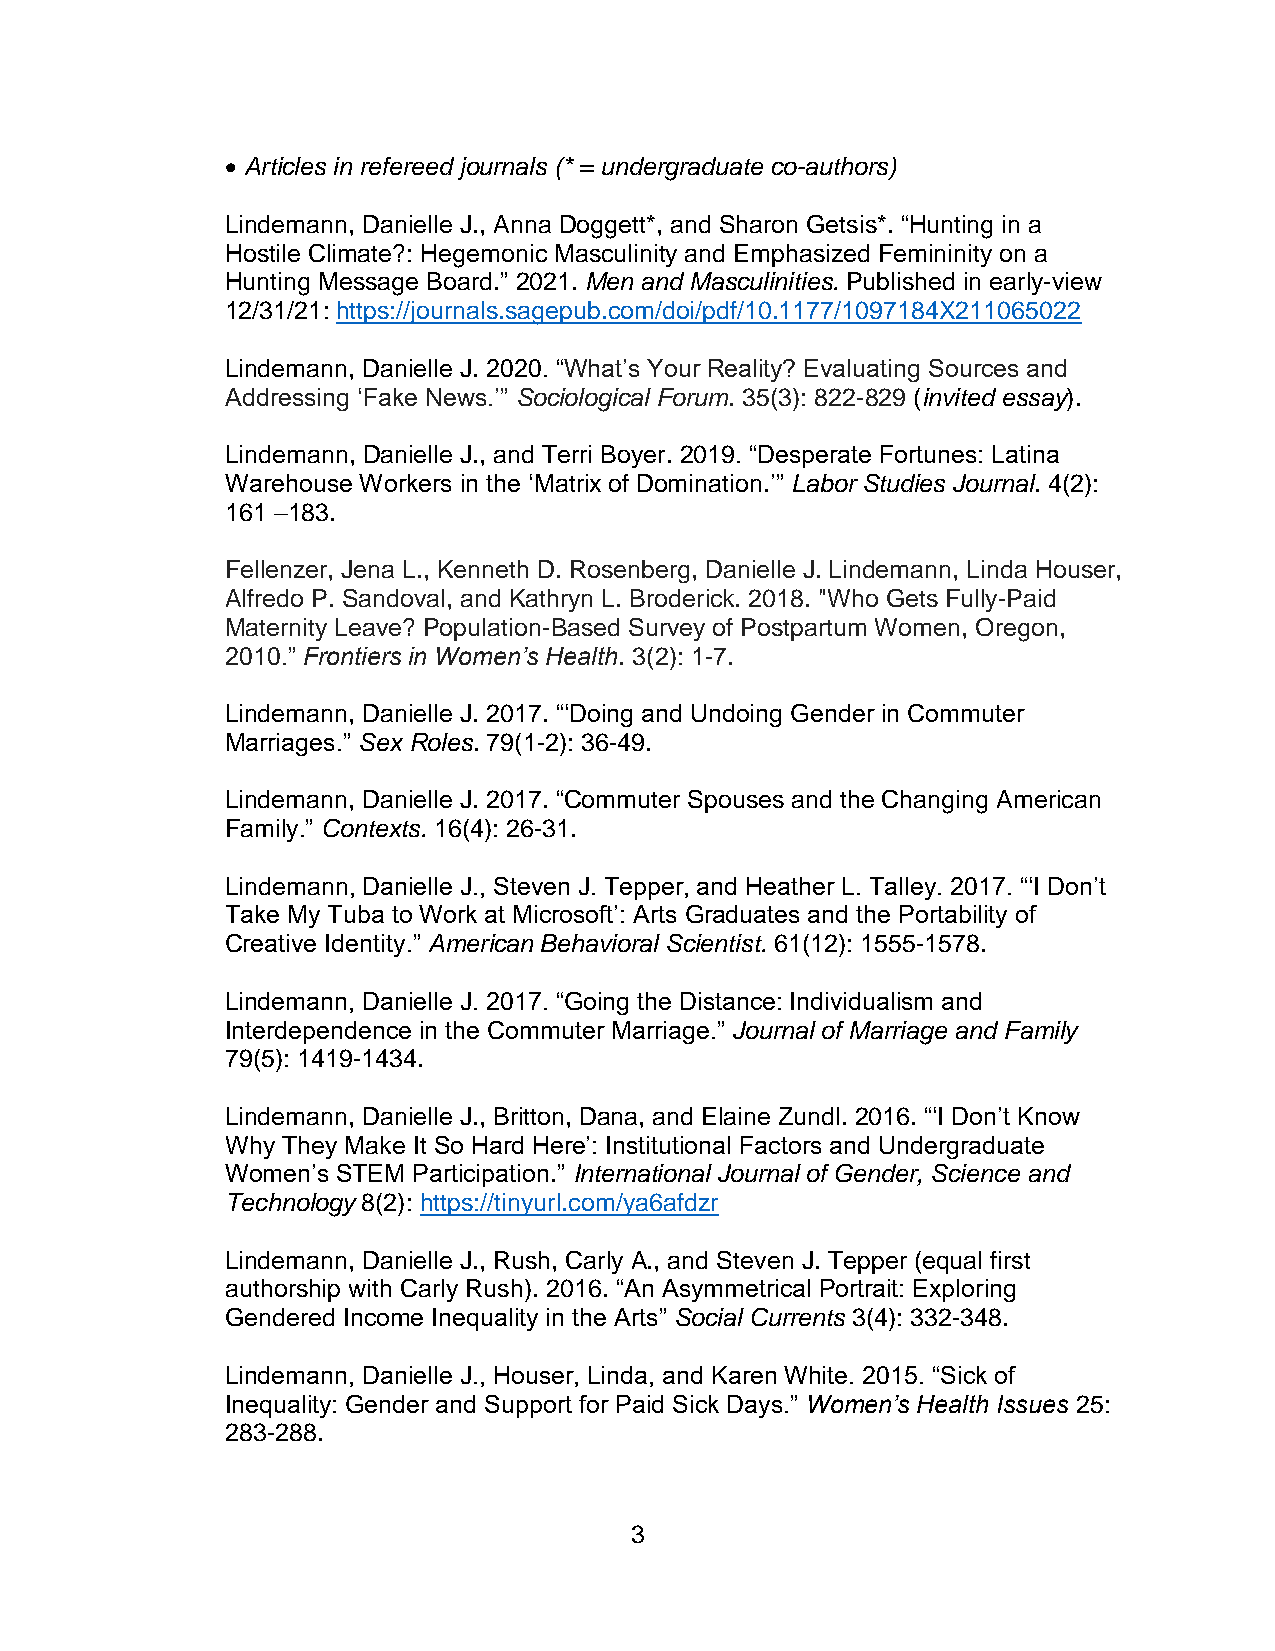
• Articles in refereed journals (* = undergraduate co-authors)
 Lindemann, Danielle J., Anna Doggett*, and Sharon Getsis*. “Hunting in a
 Hostile Climate?: Hegemonic Masculinity and Emphasized Femininity on a
 Hunting Message Board.” 2021. Men and Masculinities. Published in early-view
 12/31/21: https://journals.sagepub.com/doi/pdf/10.1177/1097184X211065022
 Lindemann, Danielle J. 2020. “What’s Your Reality? Evaluating Sources and
 Addressing ‘Fake News.’” Sociological Forum. 35(3): 822-829 (invited essay).
 Lindemann, Danielle J., and Terri Boyer. 2019. “Desperate Fortunes: Latina
 Warehouse Workers in the ‘Matrix of Domination.’” Labor Studies Journal. 4(2):
 161 –183.
 Fellenzer, Jena L., Kenneth D. Rosenberg, Danielle J. Lindemann, Linda Houser,
 Alfredo P. Sandoval, and Kathryn L. Broderick. 2018. "Who Gets Fully-Paid
 Maternity Leave? Population-Based Survey of Postpartum Women, Oregon,
 2010.” Frontiers in Women’s Health. 3(2): 1-7.
 Lindemann, Danielle J. 2017. “‘Doing and Undoing Gender in Commuter
 Marriages.” Sex Roles. 79(1-2): 36-49.
 Lindemann, Danielle J. 2017. “Commuter Spouses and the Changing American
 Family.” Contexts. 16(4): 26-31.
 Lindemann, Danielle J., Steven J. Tepper, and Heather L. Talley. 2017. “‘I Don’t
 Take My Tuba to Work at Microsoft’: Arts Graduates and the Portability of
 Creative Identity.” American Behavioral Scientist. 61(12): 1555-1578.
 Lindemann, Danielle J. 2017. “Going the Distance: Individualism and
 Interdependence in the Commuter Marriage.” Journal of Marriage and Family
 79(5): 1419-1434.
 Lindemann, Danielle J., Britton, Dana, and Elaine Zundl. 2016. “‘I Don’t Know
 Why They Make It So Hard Here’: Institutional Factors and Undergraduate
 Women’s STEM Participation.” International Journal of Gender, Science and
 Technology 8(2): https://tinyurl.com/ya6afdzr
 Lindemann, Danielle J., Rush, Carly A., and Steven J. Tepper (equal first
 authorship with Carly Rush). 2016. “An Asymmetrical Portrait: Exploring
 Gendered Income Inequality in the Arts” Social Currents 3(4): 332-348.
 Lindemann, Danielle J., Houser, Linda, and Karen White. 2015. “Sick of
 Inequality: Gender and Support for Paid Sick Days.” Women’s Health Issues 25:
 283-288.
 3